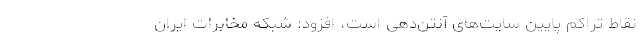
نقاط تراکم پایین سایت‌های آنتن‌دهی است، افزود: شبکه مخابرات ایران